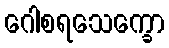
ဂေါစရသေက္ခော